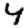
Digit: 4